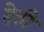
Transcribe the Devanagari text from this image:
हेठी